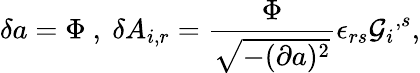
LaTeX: \delta a=\Phi\ ,\ \delta A_{i,r}=\frac{\Phi}{\sqrt{-(\partial a)^{2}}}\epsilon_{rs}{{\cal G}_{i}}^{,s},